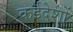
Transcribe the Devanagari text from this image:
कईदेशों